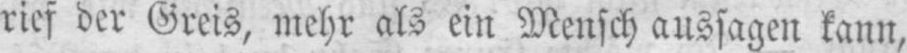
rief der Greis, mehr als ein Mensch aussagen kann,